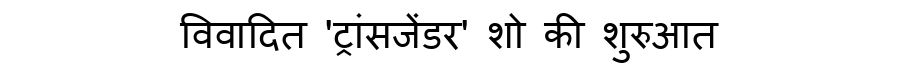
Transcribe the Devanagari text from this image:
विवादित 'ट्रांसजेंडर' शो की शुरुआत